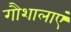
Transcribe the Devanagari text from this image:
गौशालाएं